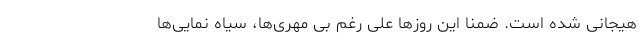
هیجانی شده است. ضمنا این روزها علی‌ رغم بی مهری‌ها، سیاه نمایی‌ها